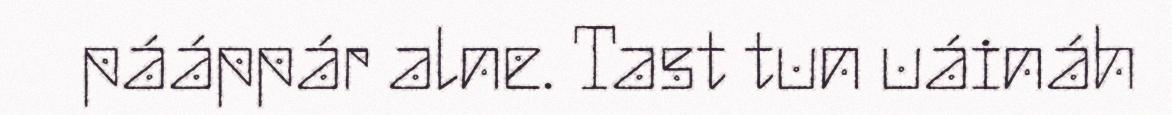
pááppár alne. Tast tun uáináh